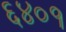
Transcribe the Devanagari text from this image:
६४०१